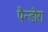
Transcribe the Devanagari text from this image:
पैन्डोरा